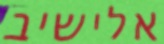
אלישיב